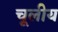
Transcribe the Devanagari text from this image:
चूलीय